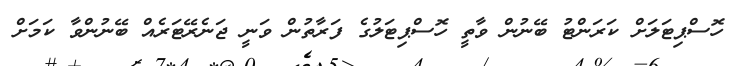
ހޮސްޕިޓަލަށް ކަރަންޓު ބޭނުން ވާތީ ހޮސްޕިޓަލުގެ ފަރާތުން ވަނީ ޖަނެރޭޓަރެއް ބޭނުންވާ ކަމަށް